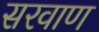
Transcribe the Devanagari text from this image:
सरवाण